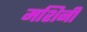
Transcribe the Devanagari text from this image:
मशिनी